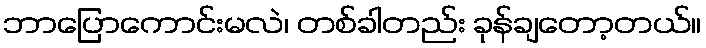
ဘာပြောကောင်းမလဲ၊ တစ်ခါတည်း ခုန်ချတော့တယ်။